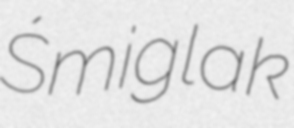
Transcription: Śmiglak